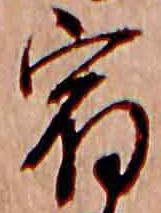
宿